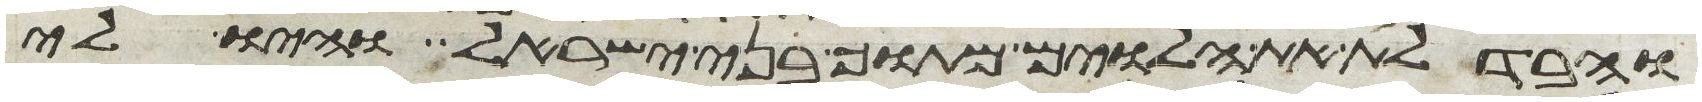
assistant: והבדלת את הלוים מתוך בני ישראל והיו לי